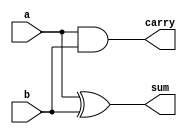
`timescale 1ns / 1ps

module half_adder_dataflow(sum,carry,a,b);
output sum,carry;
input a,b;
assign sum=a^b;
assign carry=a&b;
endmodule